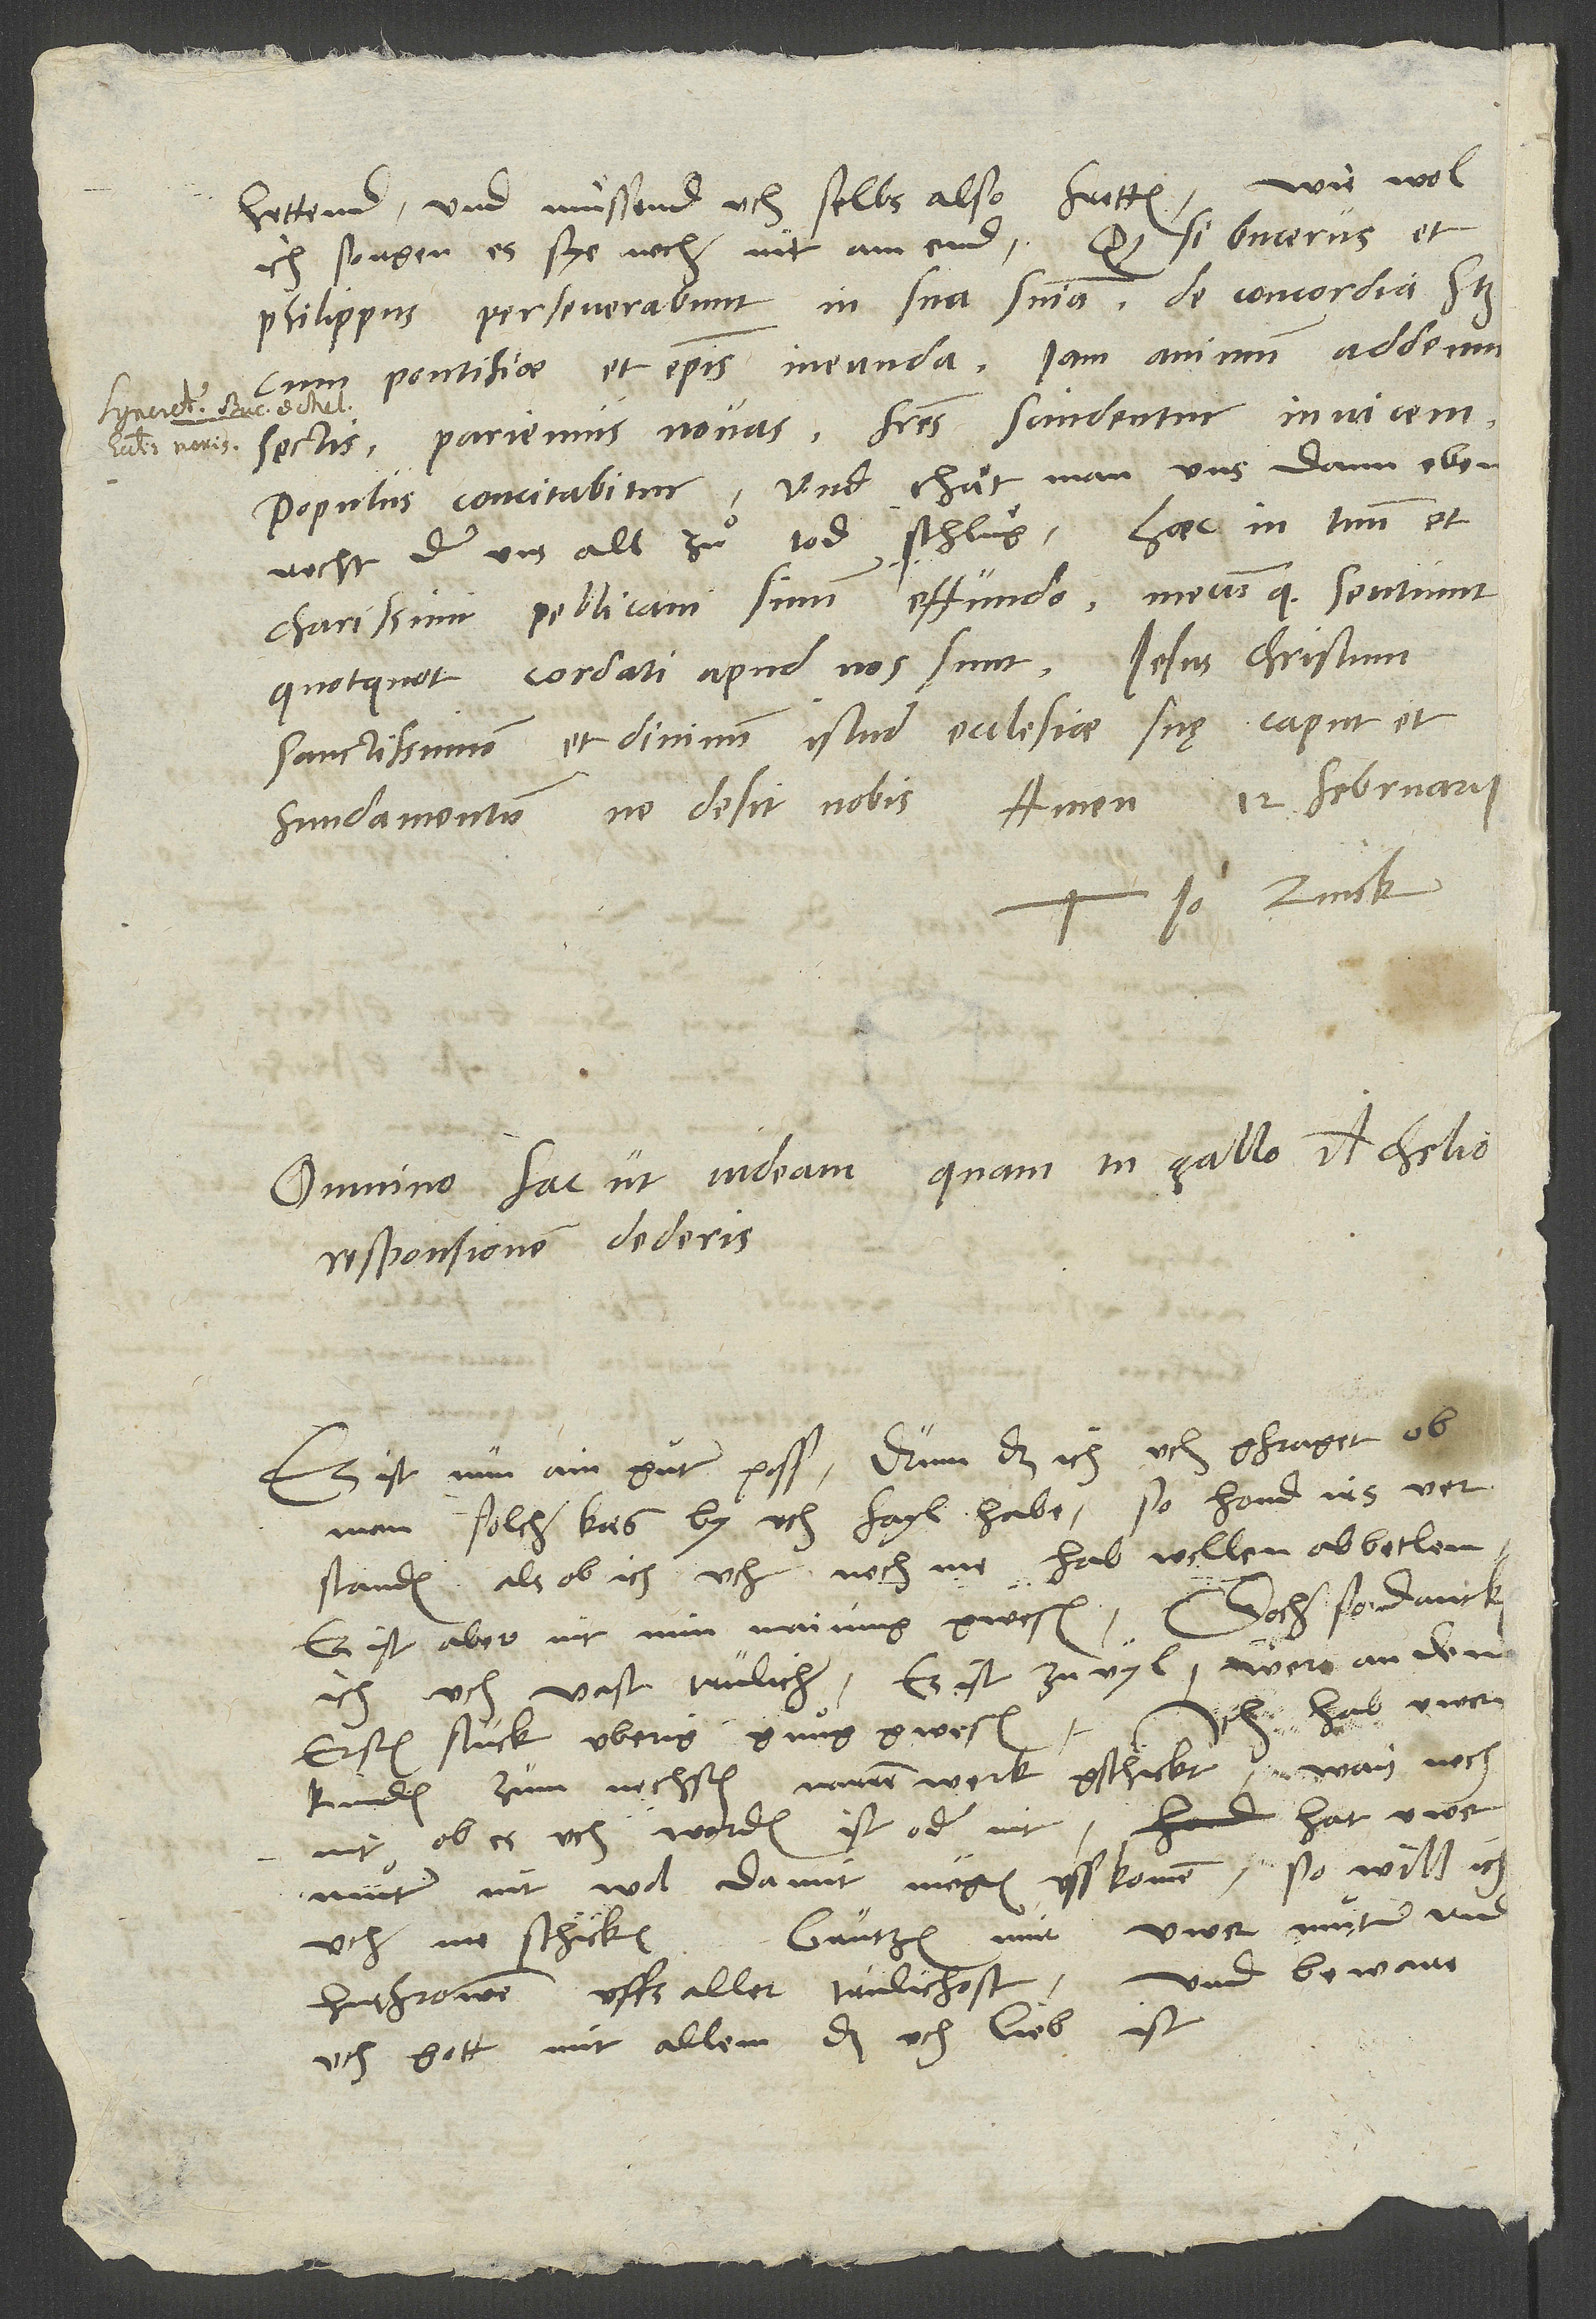
hettend und muͤssend uch selbs also freuen, wiewol
Philippus perseverabunt in sua sententia, de concordia scilicet
cum pontifice et episcopis ineunda, iam animum addemus
sectis, pariemus novas, fratres scindentur invicem,
populus concitabitur, und thät man uns dann eben
recht, der uns all zuͦ tod schlüg. Haec in tuum et
charissimi Pellicani sinum effundo, mecumque sentiunt,
quotquot cordati apud nos sunt. Iesus Christum
sanctissimum et divinum istud ecclesiae suę caput et
Io. Zvick.
quam tu Gallo vel Chelio
Omnino fac, ut videam,
responsionem dederis.
Es ist nun ain guͦter poss, drum das ich uch gfraget, ob
man solchen kaes by uch fayl habe. So hond irs verstanden,
als ob ich uch noch me hab wellen abbetlen.
Es ist aber nit min mainung gwesen, doch so danck
ich uch vast trülich. Es ist zuvyl; were an dem
Ich hab uwern
ersten stuck uberig gnuͦg gwesen.
kinden zum nechsten narrenwerk gschickt; wais noch
nit, ob es uch worden ist oder nit. Hat uwer
muͦter nit wol damit mögen usskomen, so will ich
uch me schicken. Grützend mir uwer muͦter und
husfrowen uffs aller trülichost, und beware
uch gott mit allem, das uch lieb ist.